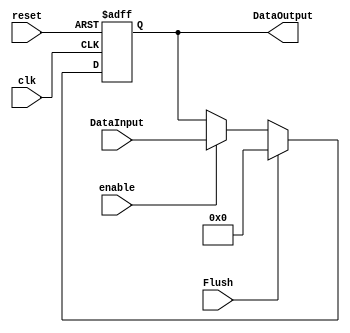
module Pipeline
#(
	parameter N=128
)
(
	input clk,
	input reset,
	input enable,
	input  [N-1:0] DataInput,
	input Flush,

	output reg [N-1:0] DataOutput
);

always@(negedge reset or negedge clk) begin
	if(reset==0)
		DataOutput <= 0;
	else if(Flush==1)
			DataOutput <= 0;
	else if(enable==1)
				DataOutput<=DataInput;
end

endmodule
//register//